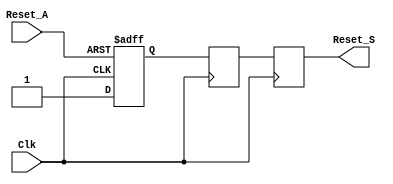
module async_reset_synchronizer #(
    parameter ACTIVE_LOW = 1 // Set to 1 for active-low reset, 0 for active-high reset
)(
    input wire Reset_A,  // Asynchronous reset input
    input wire Clk,      // Clock signal
    output reg Reset_S   // Synchronized reset output
);

    // Internal signals for synchronization
    reg sync_ff1;
    reg sync_ff2;

    always @(posedge Clk or negedge Reset_A) begin
        if (ACTIVE_LOW == 1) begin
            // Active-low reset
            if (~Reset_A) begin
                sync_ff1 <= 1'b0; // Capture reset
            end else begin
                sync_ff1 <= 1'b1; // De-assert reset
            end
        end else begin
            // Active-high reset
            if (Reset_A) begin
                sync_ff1 <= 1'b1; // Capture reset
            end else begin
                sync_ff1 <= 1'b0; // De-assert reset
            end
        end
    end

    always @(posedge Clk) begin
        sync_ff2 <= sync_ff1; // Synchronize to clock domain
    end

    // Output the synchronized reset signal
    always @(posedge Clk) begin
        Reset_S <= sync_ff2;
    end

endmodule